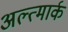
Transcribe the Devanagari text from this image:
अल्त्मार्क